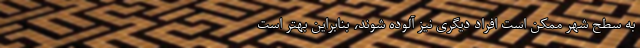
به سطح شهر ممکن است افراد دیگری نیز آلوده شوند، بنابراین بهتر است